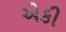
એકી